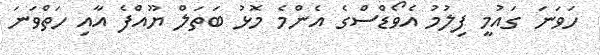
ހަވަނަ ގައުމީ ފިލުމު އެވޯޑްސްގެ އެންމެ މޮޅު ބަތަލް ޔޫއްފެ އާއި ހަތްވަނަ